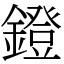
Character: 鐙